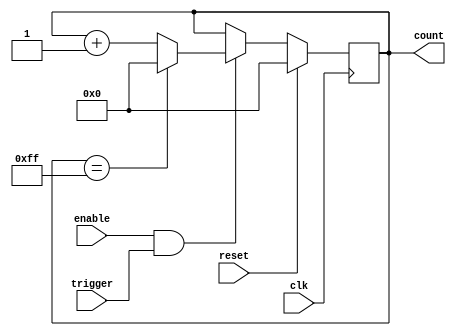
module Counter (
    input clk,
    input reset,
    input enable,
    input trigger,
    output reg [7:0] count
);

always @(posedge clk) begin
    if (reset) begin
        count <= 8'h00; // Initialize count register to zero
    end else if (enable && trigger) begin
            if (count == 8'hFF) begin
            count <= 8'h00; // Reset count value on overflow
        end else begin
            count <= count + 1; // Increment count value
        end
    end
end

endmodule